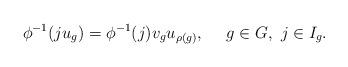
LaTeX: \begin{align*}\phi^{-1}(ju_g)=\phi^{-1}(j)v_gu_{\rho(g)},\ \ \ \ g\in G,\ j\in I_g.\end{align*}